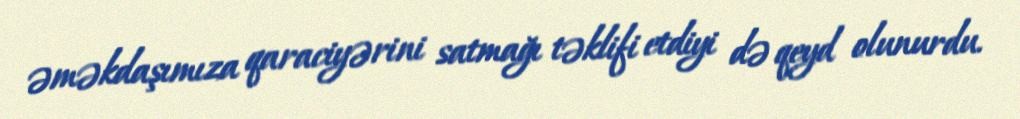
əməkdaşımıza qaraciyərini satmağı təklifi etdiyi də qeyd olunurdu.